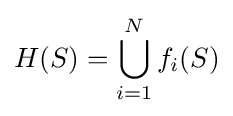
H(S)=\bigcup _{i=1}^{N}f_{i}(S)